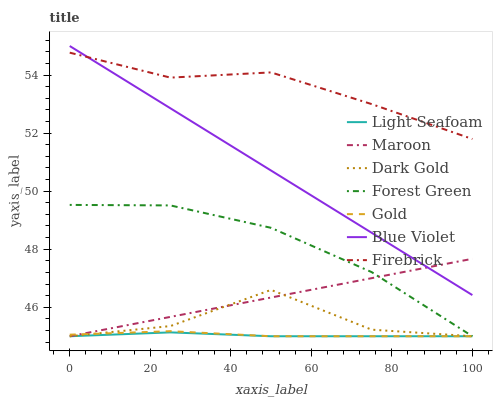
| xaxis_label | Light Seafoam | Maroon | Dark Gold | Forest Green | Gold | Blue Violet | Firebrick |
 | --- | --- | --- | --- | --- | --- | --- | --- |
 | 0 | 45 | 45 | 45 | 49.5 | 45.1 | 55 | 54.8 |
 | 25 | 45.1 | 45.7 | 45.4 | 49.5 | 45.2 | 52.9 | 53.9 |
 | 50 | 45 | 46.3 | 46.6 | 48.7 | 45 | 50.7 | 54.1 |
 | 75 | 45 | 47 | 45.2 | 47.2 | 45 | 48.6 | 53 |
 | 100 | 45 | 47.7 | 45 | 45 | 45 | 46.4 | 51.8 |